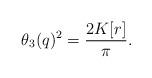
LaTeX: \begin{align*}\theta_3(q)^2=\frac{2K[r]}{\pi}.\end{align*}